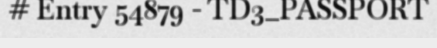
# Entry 54879 - TD3_PASSPORT